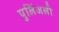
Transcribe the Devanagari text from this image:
पुलिंजली